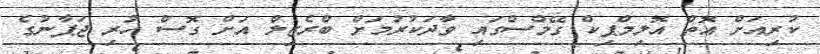
ކުރިއަށް އޮތް އޮލިމްޕިކް ގޭމްސްގައި ވާދަކުރުމަށް ބްރެޒިލް އަށް ގޮސް ހުރި ޖަޕާނުގެ